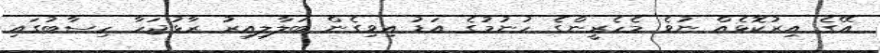
އޭގެ އިރުކޮޅެއް ނުވެ މެހެރީންގެ ހުނުމުގެ އަޑު އިވިގެން ބަލާލިއިރު ރާޅުޖަހާ ހިސާބުގައި